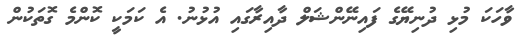
ވާހަކަ މުޅި ދުނިޔޭގެ ފައިނޭންޝަލް ދާއިރާގައި އުޅުނު. އެ ކަމަކީ ކޮންމެ ގޮތަކުން